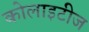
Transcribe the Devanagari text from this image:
कोलाइटीज